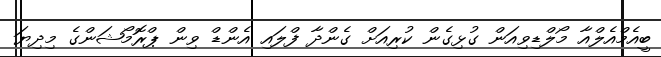
ބީއެމްއެލްއާ މޯލްޑިވިއަން ގުޅިގެން ކުރިއަށް ގެންދާ ފްލައި އެންޑް ވިން ޕްރޮމޯޝަންގެ މިދިޔަ